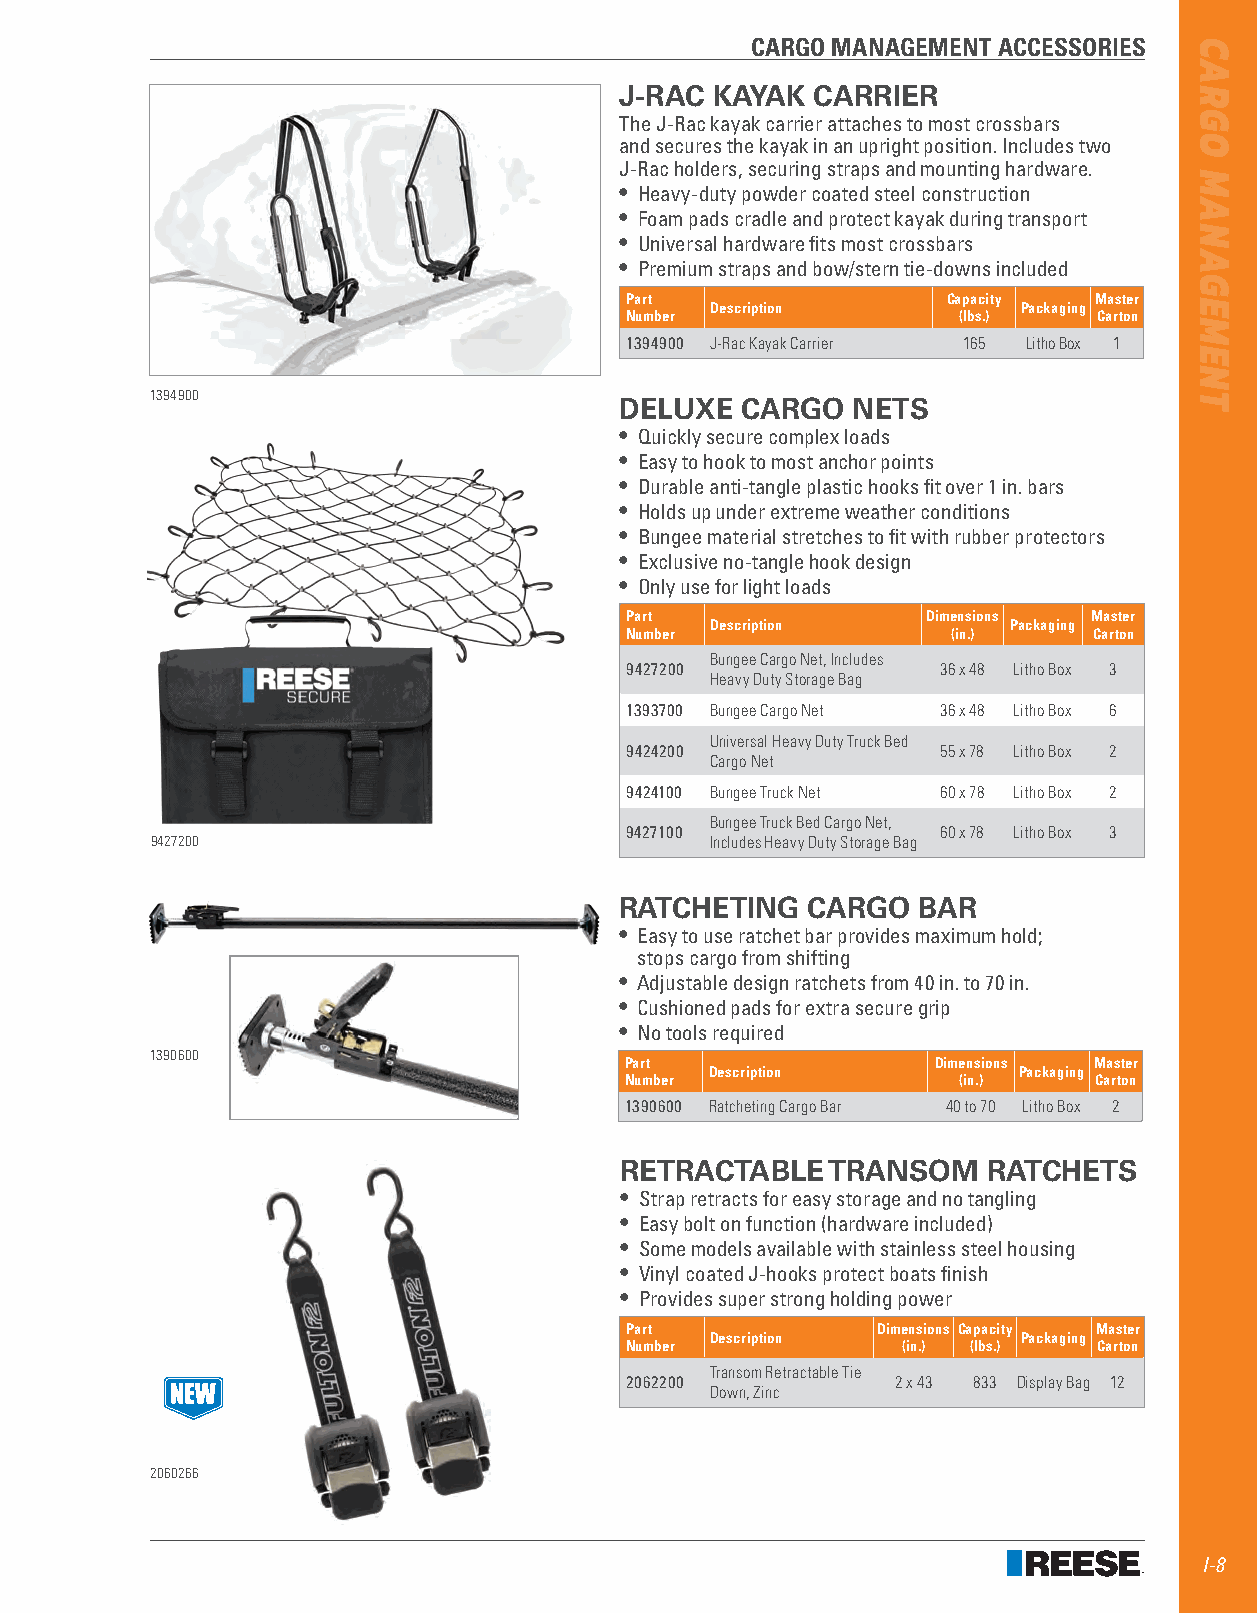
CARGO MANAGEMENT ACCESSORIES
 J-RAC KAYAK  CARRIER
 The J-Rac kayak carrier attaches to most crossbars
 and secures the kayak in an upright position . Includes two
 J-Rac holders, securing straps and mounting hardware .
 • Heavy-duty powder coated steel construction
 • Foam pads cradle and protect kayak during transport
 • Universal hardware fits most crossbars
 • Premium straps and bow/stern tie-downs included
 Part                  Capacity Master
 Description          Packaging
 Number                (lbs.)    Carton
 1394900 J-Rac Kayak Carrier 165 Litho Box 1
 1394900
 DELUXE  CARGO  NETS
 • Quickly secure complex loads
 • Easy to hook to most anchor points
 • Durable anti-tangle plastic hooks fit over 1 in . bars
 • Holds up under extreme weather conditions
 • Bungee material stretches to fit with rubber protectors
 • Exclusive no-tangle hook design
 • Only use for light loads
 Part                Dimensions Master
 Description         Packaging
 Number                (in.)    Carton
 Bungee Cargo Net, Includes
 9427200              36 x 48 Litho Box 3
 Heavy Duty Storage Bag
 1393700 Bungee Cargo Net 36 x 48 Litho Box 6
 Universal Heavy Duty Truck Bed
 9424200              55 x 78 Litho Box 2
 Cargo Net
 9424100 Bungee Truck Net 60 x 78 Litho Box 2
 Bungee Truck Bed Cargo Net,
 9427100              60 x 78 Litho Box 3
 9427200                              Includes Heavy Duty Storage Bag
 RATCHETING  CARGO   BAR
 • Easy to use ratchet bar provides maximum hold;
 stops cargo from shifting
 • Adjustable design ratchets from 40 in . to 70 in .
 • Cushioned pads for extra secure grip
 • No tools required
 1390600
 Part                 Dimensions Master
 Description         Packaging
 Number                (in.)    Carton
 1390600 Ratcheting Cargo Bar 40 to 70 Litho Box 2
 RETRACTABLE   TRANSOM   RATCHETS
 • Strap retracts for easy storage and no tangling
 • Easy bolt on function (hardware included)
 • Some models available with stainless steel housing
 • Vinyl coated J-hooks protect boats finish
 • Provides super strong holding power
 Part             Dimensions Capacity Master
 Description          Packaging
 Number             (in.) (lbs.) Carton
 Transom Retractable Tie
 2062200           2 x 43 833 Display Bag 12
 Down, Zinc
 2060266
 I-8
 CARGO
 MANAGEMENT